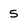
Character: 5